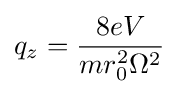
q_{z}={\frac {8eV}{mr_{0}^{2}\Omega ^{2}}}